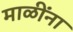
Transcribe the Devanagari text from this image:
माळींना